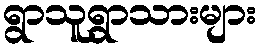
ရွာသူရွာသားများ